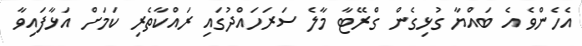
އެހެންވެ އެ ބައްޔާ ގުޅިގެން ގްރޭޓާ މާލެ ސަރަހައްދުގައި ރައްކާތެރި ކަމަށް އަޅާފައިވާ